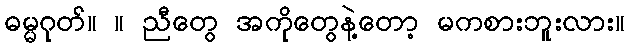
ဓမ္မဂုတ်။ ။ ညီတွေ အကိုတွေနဲ့တော့ မကစားဘူးလား။